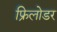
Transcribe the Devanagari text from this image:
फ्रिलोडर